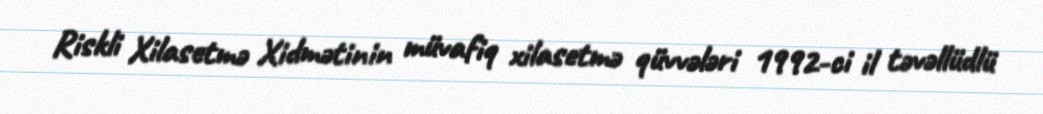
Riskli Xilasetmə Xidmətinin müvafiq xilasetmə qüvvələri 1992-ci il təvəllüdlü